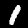
Label: 1